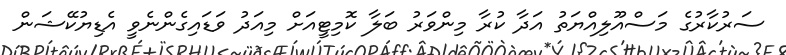
ސަރުކާރުގެ މަސްއޫލިއްޔަތު އަދާ ކުރާ މިންވަރު ބަލާ ކޮމިޓީއަށް މިއަދު ވަޑައިގެންނެވީ އެޑިޔުކޭޝަން